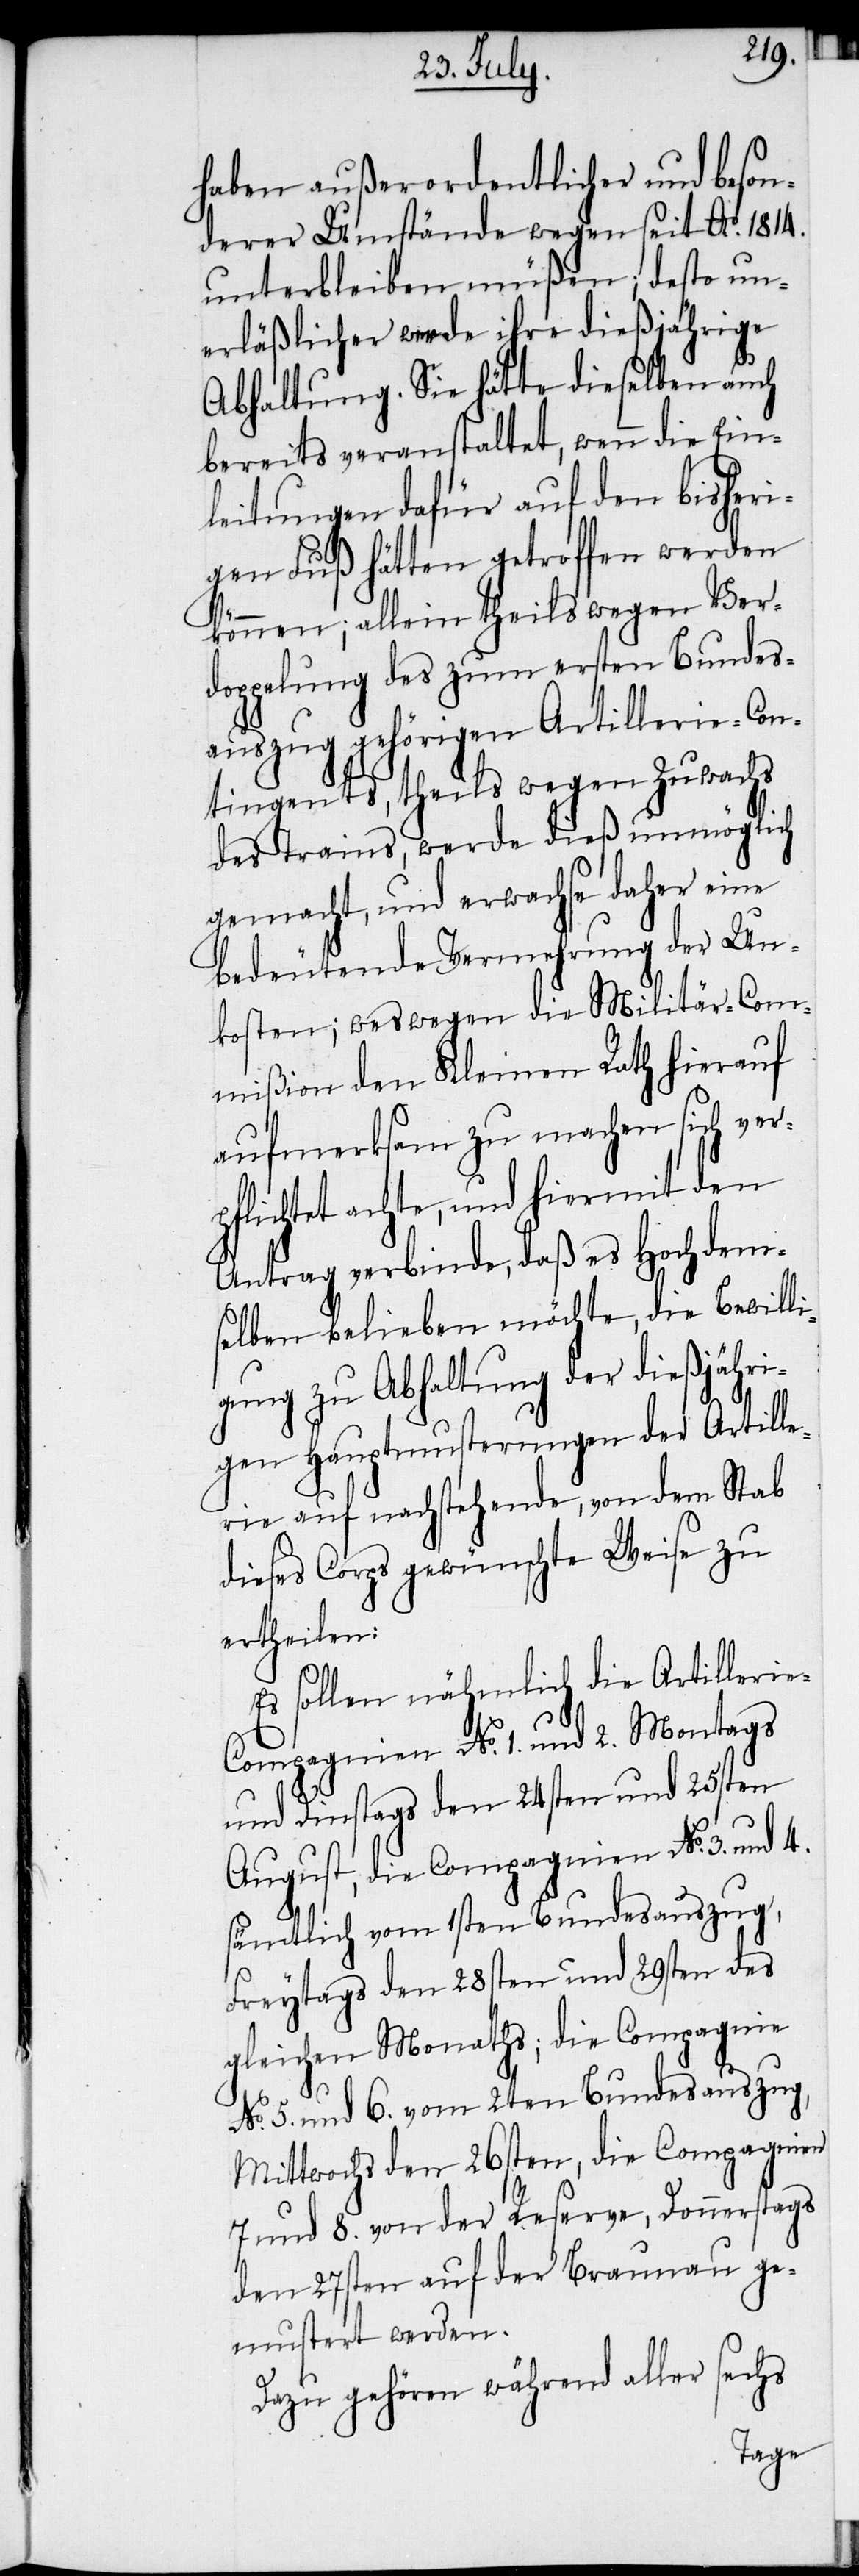
haben außerordentlicher und beson¬
derer Umstände wegen seit Ao. 1814.
unterbleiben müßen; desto un¬
erläßlicher werde ihre dießjährige
Abhaltung. Sie hätte dieselben auch
bereits veranstaltet, wenn die Ein¬
leitungen dafür auf den bisheri¬
gen Fuß hätten getroffen werden
können; allein theils wegen Ver¬
doppelung des zum ersten Bundes¬
auszug gehörigen Artillerie-Con¬
tingents, theils wegen Zuwachs
des Trains, werde dieß unmöglich
gemacht, und erwachse daher eine
bedeutende Vermehrung der Un¬
kosten; weswegen die Militär-Com¬
mißion den Kleinen Rath hierauf
aufmerksam zu machen sich verp¬
flichtet achte, und hiermit den
Antrag verbinde, daß es Hochdem¬
selben belieben möchte, die Bewilli¬
gung zu Abhaltung der dießjähri¬
gen Hauptmusterungen der Artille¬
rie auf nachstehende, von dem Stab
dieses Corps gewünschte Weise zu
ertheilen:
Es sollen nähmlich die Artilleri¬
e-Compagnien No. 1. und 2. Montags
und Dinstags den 24sten und 25sten
August, die Compagnien No. 3. und 4.
sämtlich vom 1sten Bundesauszug,
Freytags den 28sten und 29sten des
gleichen Monaths; die Compagnie
No. 5. und 6. vom 2ten Bundesauszug,
Mittwochs den 26sten, die Compagnien
7 und 8. von der Reserve, Donnerstags
den 27sten auf der Braunau ge¬
mustert werden.
Dazu gehören während aller sechs